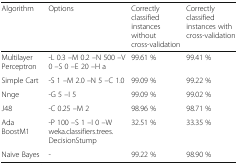
| Algorithm | Options | Correctly classified instances without cross-validation | Correctly classified instances with cross-validation |
 | --- | --- | --- | --- |
 | Multilayer Perceptron | -L 0.3 –M 0.2 –N 500 –V 0 –S 0 –E 20 –H a | 99.61 % | 99.41 % |
 | Simple Cart | -S 1 –M 2.0 –N 5 –C 1.0 | 99.09 % | 99.22 % |
 | Nnge | -G 5 –I 5 | 99.09 % | 99.02 % |
 | J48 | -C 0.25 –M 2 | 98.96 % | 98.71 % |
 | Ada BoostM1 | -P 100 –S 1 –I 0 –W weka.classifiers.trees. DecisionStump | 32.51 % | 33.35 % |
 | Naive Bayes | - | 99.22 % | 98.90 % |